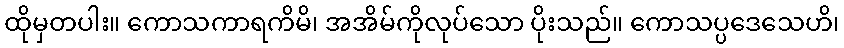
ထိုမှတပါး။ ကောသကာရကိမိ၊ အအိမ်ကိုလုပ်သော ပိုးသည်။ ကောသပ္ပဒေသေဟိ၊